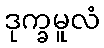
ဒုက္ခမူလံ